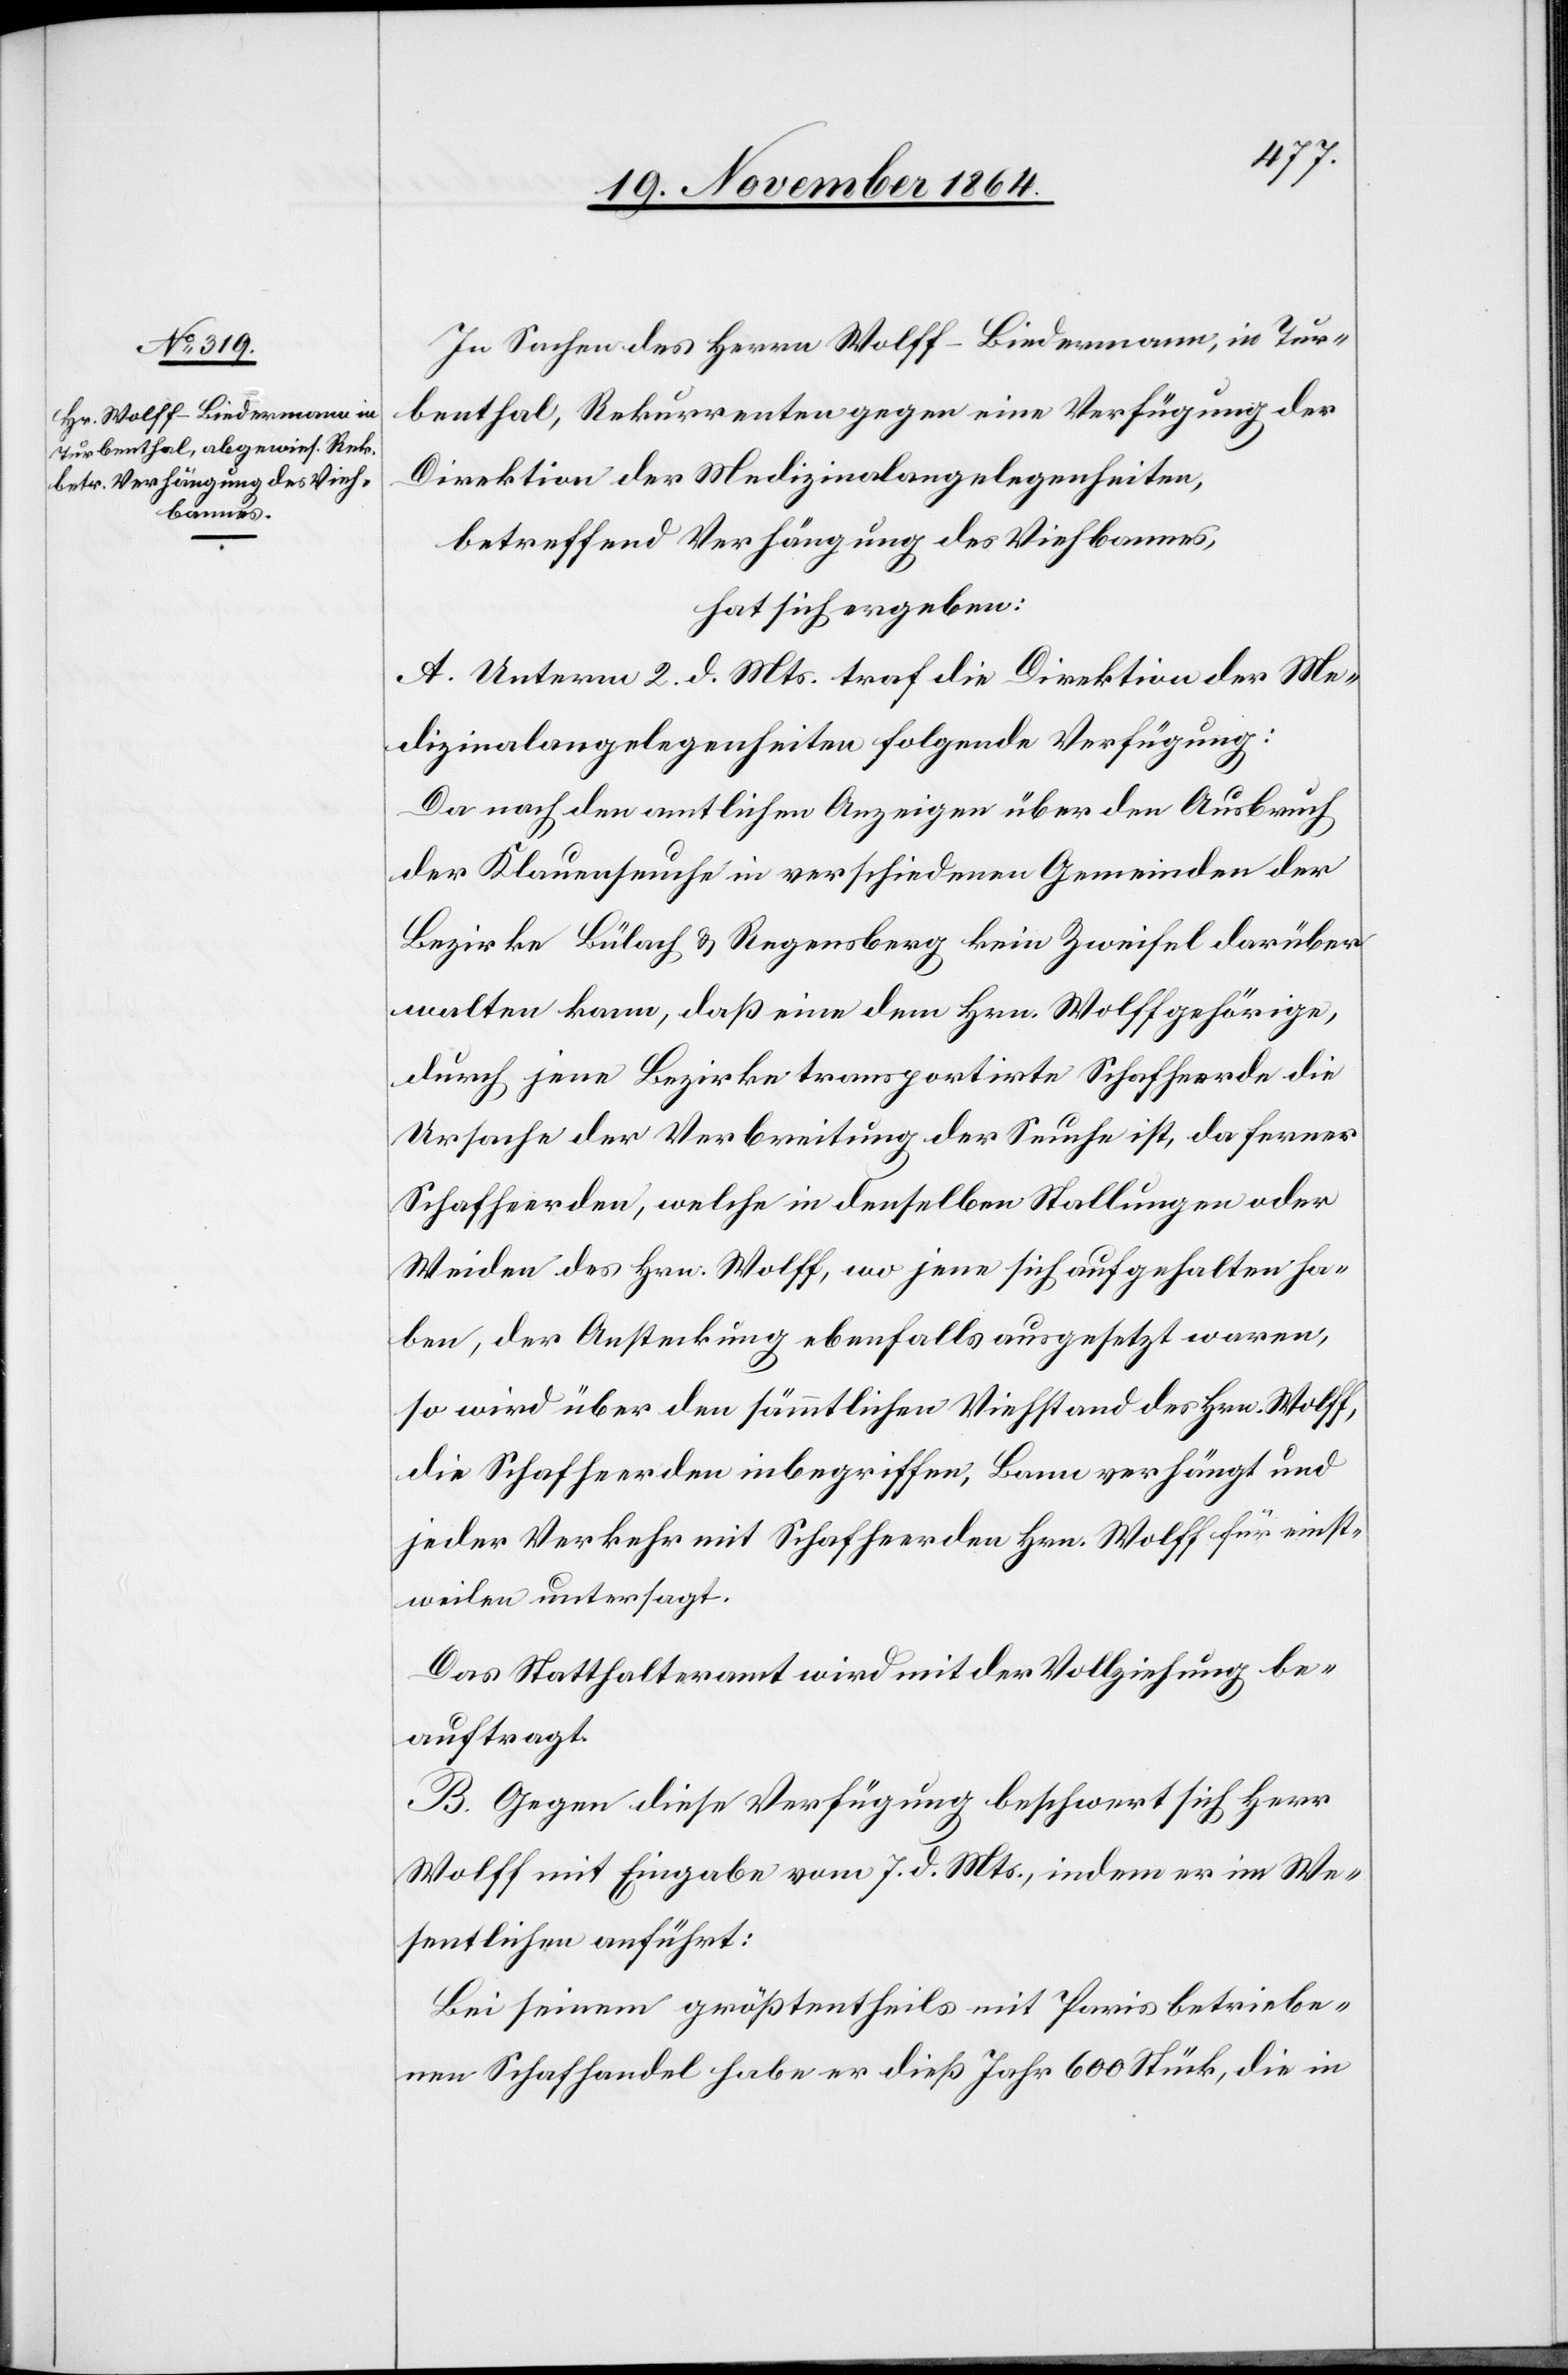
In Sachen des Herrn Wolff-Biedermann, in Tur¬
benthal, Rekurrenten gegen eine Verfügung der
Direktion der Medizinalangelegenheiten,
betreffend Verhängung des Viehbannes,
hat sich ergeben:
A. Unterm 2. d. Mts. traf die Direktion der Me¬
dizinalangelegenheiten folgende Verfügung:
Da nach den amtlichen Anzeigen über den Ausbruch
der Klauenseuche in verschiedenen Gemeinden der
Bezirke Bülach & Regensberg keine Zweifel darüber
walten kann, daß eine dem Hrn. Wolff gehörige,
durch jene Bezirke transportirte Schafheerde die
Ursache der Verbreitung der Seuche ist, da ferner
Schafheerden, welche in denselben Stallungen oder
Weiden des Hrn. Wolff, wo jene sich aufgehalten ha¬
ben, der Ansteckung ebenfalls ausgesetzt waren,
so wird über den sämmtlichen Viehbestand des Hrn. Wolff,
die Schafheerden inbegriffen, Bann verhängt und
jeder Verkehr mit Schafheerden dem Hrn. Wolff für einst¬
weilen untersagt.
Das Statthalteramt wird mit der Vollziehung be¬
auftragt.
B. Gegen diese Verfügung beschwert sich Herr
Wolff mit Eingabe vom 7. d. Mts., indem er im We¬
sentlichen anführt:
Bei seinem größtentheils mit Paris betriebe¬
nen Schafhandel habe er dieß Jahr 600 Stück, die in